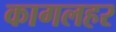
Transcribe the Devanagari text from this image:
कागलहर